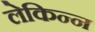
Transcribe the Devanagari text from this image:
लेकिन्न